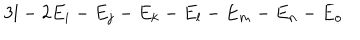
3 l - 2 E _ { i } - E _ { j } - E _ { k } - E _ { l } - E _ { m } - E _ { n } - E _ { o }